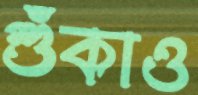
শুঁকাও